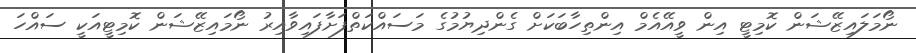
ނޯމަލައިޒޭޝަން ކޮމިޓީ އިން ވީއޭއެމް އިންތިހާބަކަށް ގެންދިޔުމުގެ މަސައްކަތްފަށާފައިވާއިރު ނޯމައިޒޭޝަން ކޮމިޓީއަކީ ސައްހަ